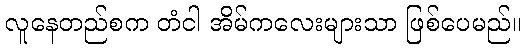
လူနေတည်စက တံငါ အိမ်ကလေးများသာ ဖြစ်ပေမည်။